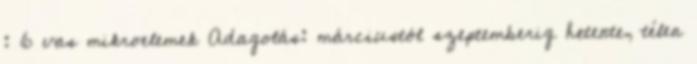
: 6 vas mikroelemek Adagolás: márciustól szeptemberig hetente, télen